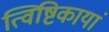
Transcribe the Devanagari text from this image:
त्विष्टिकायां